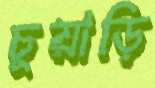
চুয়াড়ি